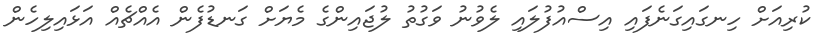
ކުރިއަށް ހިނގައިގަނެފައި އިސްއުފުލައި ލެވުނު ވަގުތު ލުޖައިންގެ މެޔަށް ގަނޑުފެން އެއްޗެއް އަޅައިލިހެން